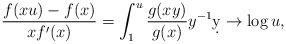
LaTeX: \begin{align*} \frac{f(xu) - f(x) }{x f'(x)} = \int_1^u \frac{g(xy)}{g(x)} y^{-1} \d y \to \log u,\end{align*}